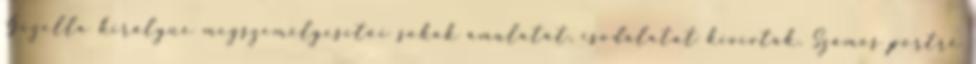
Gizella királyné megszemélyesítői sokak ámulatát, csodálatát kivívták. Számos portré